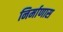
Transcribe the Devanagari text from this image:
निर्माणास